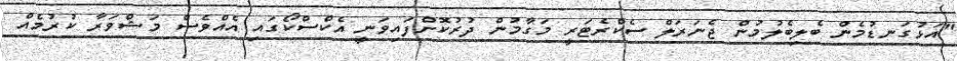
"އަޅުގަނޑުމެން ބެލިބެލުމުން ޖެނަރަލް ސެކްރެޓަރީ މަގާމުން ދުރުކޮށްފައިވަނީ އެކްސްކޯގައި އެއްވެސް މަޝްވަރާ ކުރުމެއް